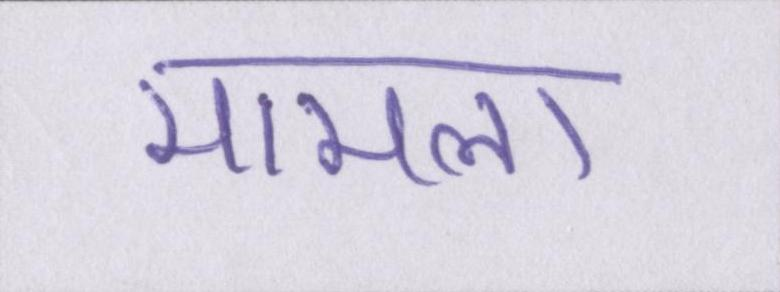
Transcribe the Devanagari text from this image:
मामला